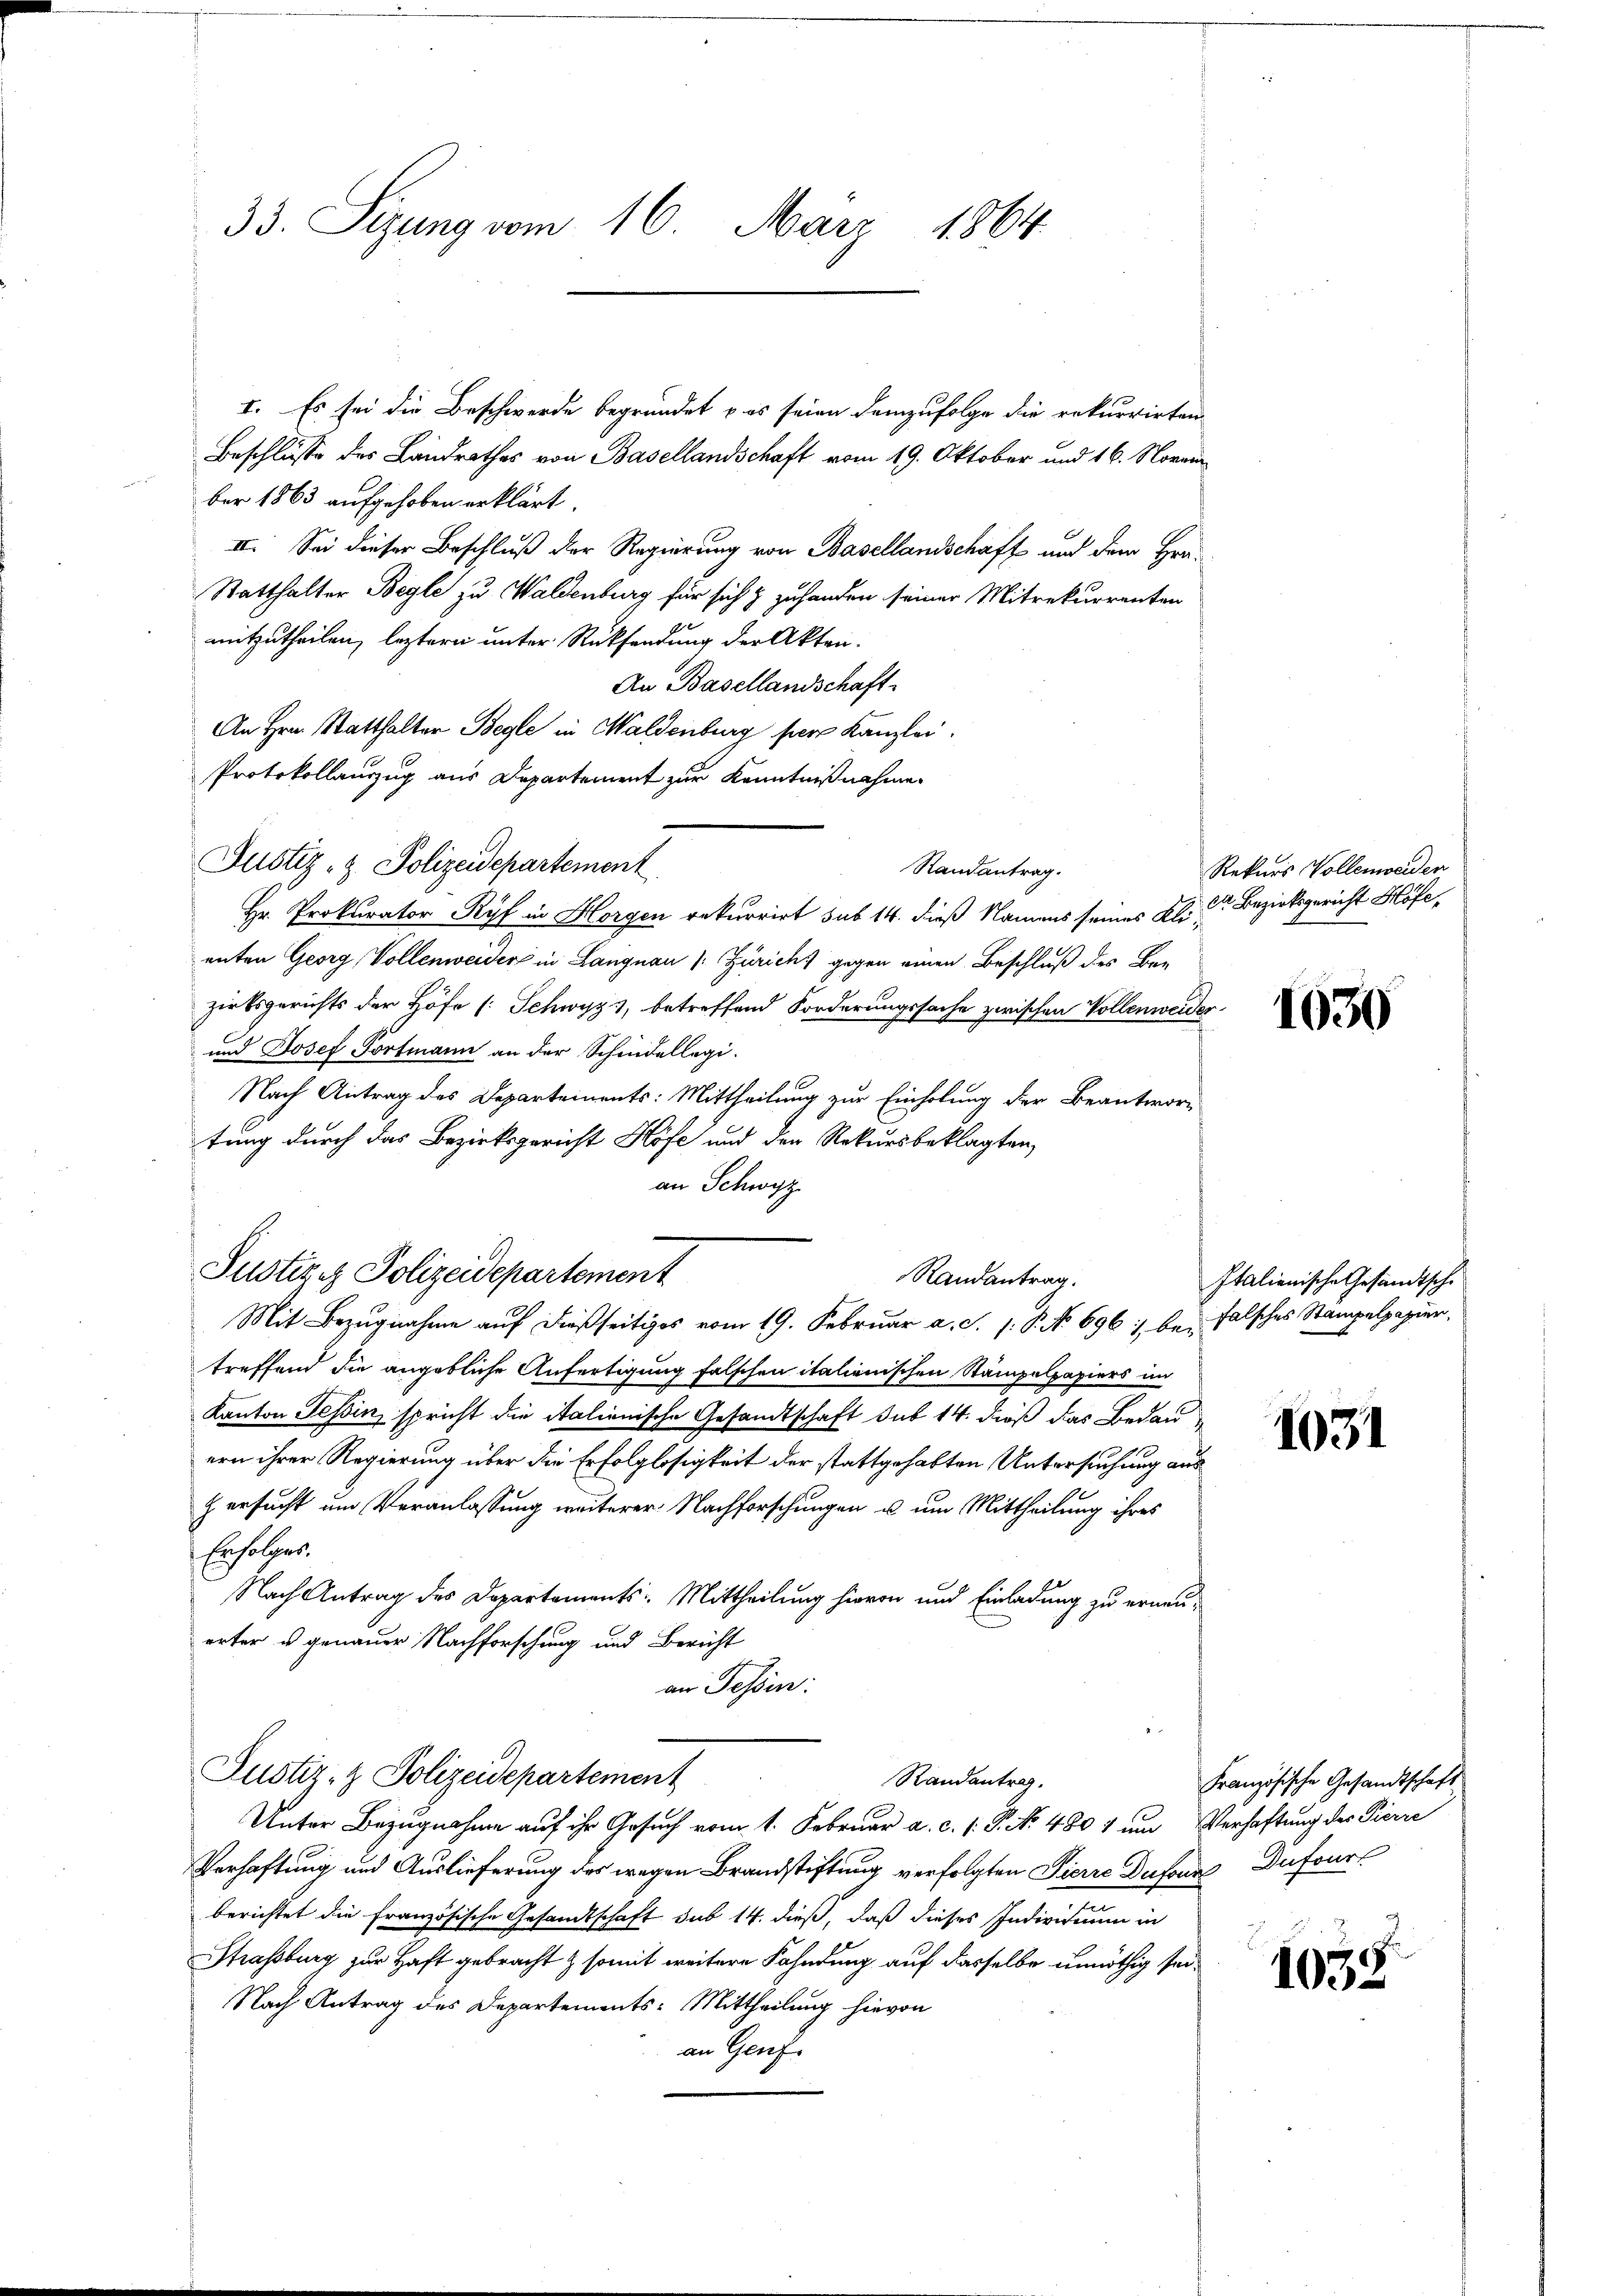
I. Es sei die Beschwerde begründet & es seien demzufolge die rekurrirten
Beschlüsse des Landrathes von Basellandschaft vom 19. Oktober und 16. Novem
ber 1863 aufgehoben erklärt.
II. Sei dieser Beschluß der Regierung von Basellandschaft und dem Hrn.
Statthalter Begle zu Waldenburg für sich & zuhanden seiner Mitrekurrenten
mitzutheilen, leztern unter Rücksendung der Akten.
An Basellandschaft
An Hrn. Statthalter Begle in Waldenburg per Kanzlei.
Protokollauszug aus Departement zur Kenntnißnahme.
Randantrag.
Hr. Prokurator Ryf in Horgen rekurrirt sub 14. dieß Namens seines Klienten Georg, Vollenweider in Langnau (: Züricht gegen einen Beschluß des Ber
zirksgerichts der Höfe [Schwyz, betreffend Forderungssache zwischen Vollenweider-
und Josef Portmann an der Schindellegi-
Nach Antrag des Departements: Mittheilung zur Einholung der Beantwortung durch das Bezirksgericht Höfe und den Rekursbeklagten,
an Schwyz
Justige Polizeidepartement
Randantrag.
Mit Bezugnahme auf dießseitiges vom 19. Februar a. c. s. S. No. 696 : bei falsches Stampelpapier,
treffend die angebliche Anfertigung falschen italienischen Stampelpapiers im
Kanton Tessin, spricht die italienische Gesandtschaft sub 14. dieß das Bedauern ihrer Regierung über die Erfolglosigkeit der stattgehabten Untersuchung aus
2
E ersucht um Veranlassung weiterer Nachforschungen u. um Mittheilung ihres
Erfolges.
Nach Antrag des Departements: Mittheilung hievon und Einladung zu erneuerter u. genauer Nachforschung und Bericht
an Tessin:
Justiz- & Polizeidepartement
Randantrag.
Unter Bezugnahme auf ihr Gesuch vom 1. Februar a. c. 1. P. No. 480 & um Verhaftung des Pierre
Verhaftung und Auslieferung des wegen Brandstiftung verfolgten Pierre Dufonn Dufourn
berichtet die französische Gesandtschaft sub 14. dieß, daß dieses Individuum in
Straßburg zur Haft gebracht & somit weitere Fahndung auf dasselbe unnöthig sei¬
Nach Antrag des Departements-Mittheilung hievon
an Genf.

33. Sizung vom 16. März 1864

Justiz- & Polizeidepartement

Rekurs Vollenweiden
Dr Bezirksgericht Höfe,

1030

Italienische Gesandtsche

1031

Französische Gesandtschaft

1035.